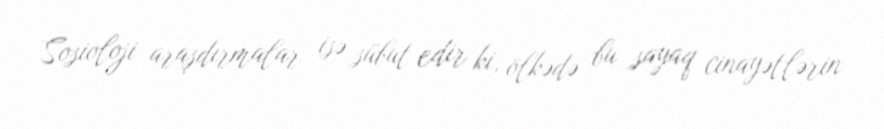
Sosioloji araşdırmalar isə sübut edir ki, ölkədə bu sayaq cinayətlərin